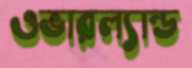
ওভারল্যান্ড